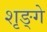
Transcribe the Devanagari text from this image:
शृङ्गे